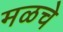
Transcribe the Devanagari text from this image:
मळचे